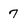
Character: 7